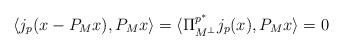
LaTeX: \begin{align*} \langle j_p(x-P_Mx), P_Mx\rangle = \langle \Pi^{p^*}_{M^\perp}j_p(x),P_Mx\rangle = 0 \end{align*}